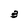
Character: 3